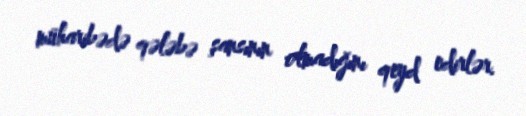
müharibədə qələbə şansının olmadığını qeyd edirlər.